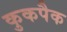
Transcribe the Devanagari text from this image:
कुकपैक